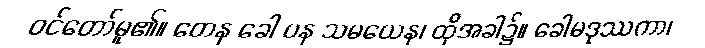
ဝင်တော်မူ၏။ တေန ခေါ ပန သမယေန၊ ထိုအခါ၌။ ခေါမဒုဿကာ၊